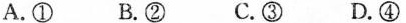
A.① B.② C.③ D.④